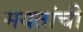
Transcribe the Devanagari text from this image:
मयतांची